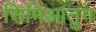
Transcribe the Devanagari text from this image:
सिमिआतुग